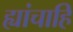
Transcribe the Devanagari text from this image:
ह्यांचाहि